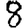
Digit: 8